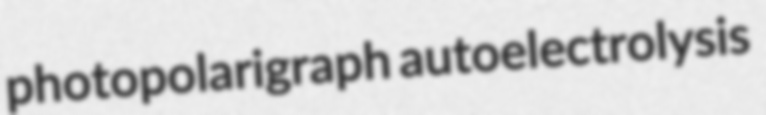
photopolarigraph autoelectrolysis